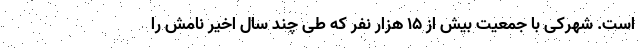
است. شهرکی با جمعیت بیش از ۱۵ هزار نفر که طی چند سال اخیر نامش را